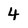
Character: 4